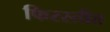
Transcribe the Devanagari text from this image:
फिरस्तीत